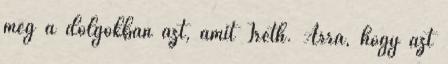
meg a dolgokban azt, amit Ireth. Arra, hogy azt